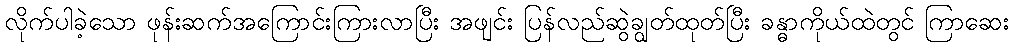
လိုက်ပါခဲ့သော ဖုန်းဆက်အကြောင်းကြားလာပြီး အဖျင်း ပြန်လည်ဆွဲချွတ်ထုတ်ပြီး ခန္ဓာကိုယ်ထဲတွင် ကြာဆေး